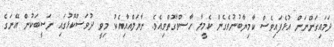
ދަމައިގަންނަން އުޅެފައިވެސް ކާމިޔާބުނުވެގެން ކެމީލާ ހާސްވާގޮތްވިއެވެ. ނާޔަލްއާއިއެކު މިވީ ދުވަސްކޮޅުގައި ނަސީބަކުން އޭނަގެ